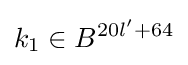
k_{1}\in B^{20l'+64}